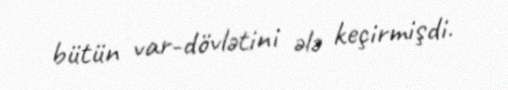
bütün var-dövlətini ələ keçirmişdi.